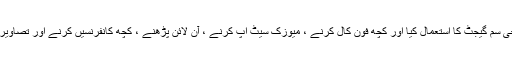
کچھ مدت کے لئے ، میں نے ایئرٹیل 4 جی سم گیجٹ کا استعمال کیا اور کچھ فون کال کرنے ، میوزک سیٹ اپ کرنے ، آن لائن پڑھنے ، کچھ کانفرنسیں کرنے اور تصاویر لینے کے لئے اس گیجٹ کا استعمال کیا۔